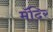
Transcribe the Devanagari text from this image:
मॅदिर